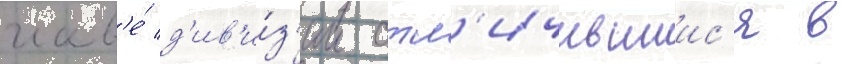
глав'е́ д'ив'и́з'ии отл'ичившиис'я в